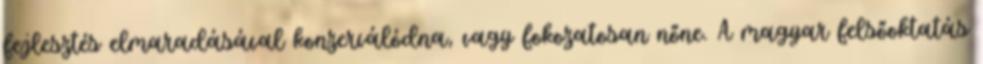
fejlesztés elmaradásával konzerválódna, vagy fokozatosan nőne. A magyar felsőoktatás